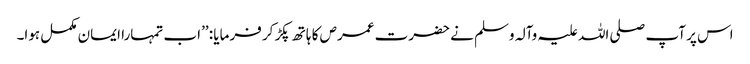
اس پر آپ صلی اللہ علیہ وآلہ وسلم نے حضرت عمرص کا ہاتھ پکڑ کر فرمایا : ’’اب تمہارا ایمان مکمل ہوا۔